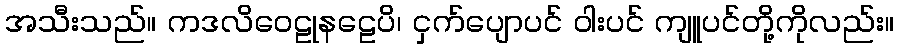
အသီးသည်။ ကဒလိဝေဠုနဠေပိ၊ ငှက်ပျောပင် ဝါးပင် ကျူပင်တို့ကိုလည်း။